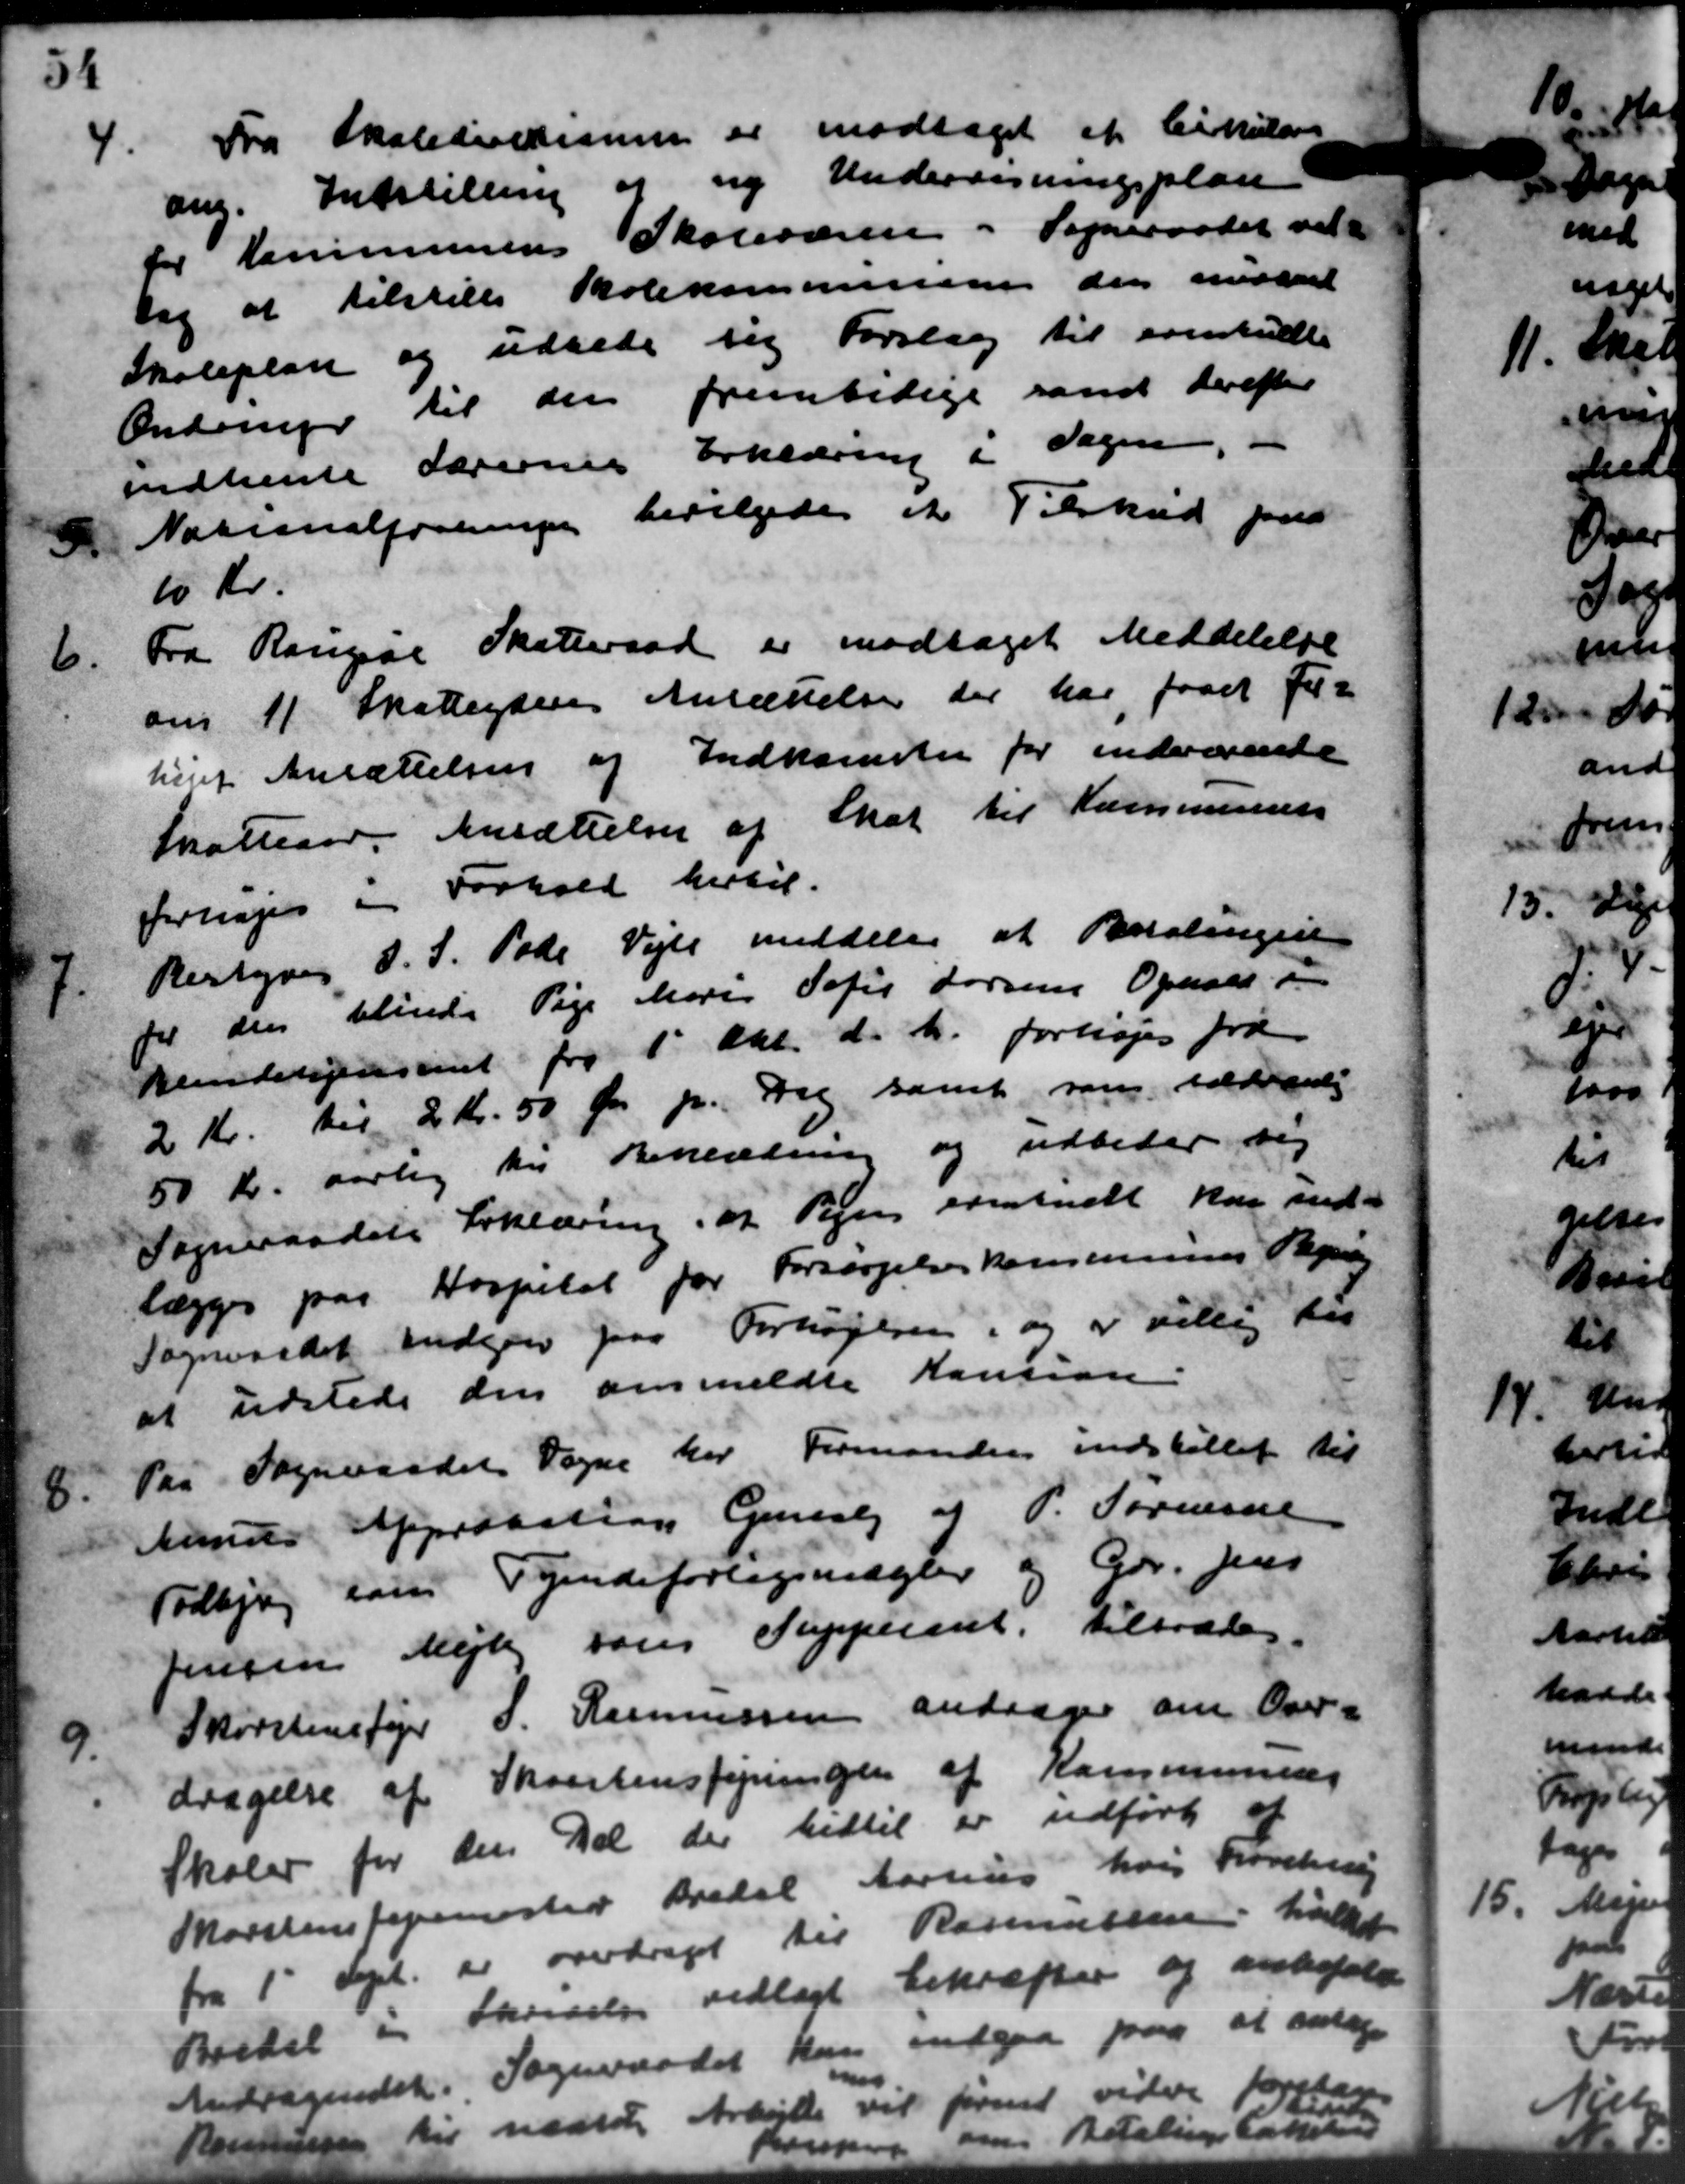
Transskription:
4.
Fra Skoledirektionen er modtaget af Cirkulære
ang. Indstilling og ny Undervisningsplan
for Kommunens Skolevæsen i Sogneraadet vil
sig at tilstille Skolekommissionen der indkart
Skoleplan og udrede sig Forslag til eventuelt
Onderuger til der fremtidige samt derefter
indhente Lærernes Erklæring i Sagen. -
3
Nationalforeninger bevilgedes et Tilskud paa
10 Kr.
6.
Fra Rougsøe Skatteraad er modtaget Meddelelse
om 11. Skatteyderes Ansættelse der har faaet for-
hint Ansættelsen af Indkomster for indværende
Skatteaar. Ansættelse af Skat til Kommunens
fornager i Forhold hertil.

Bestyrer D. S. Peder Vejle meddeler at Betalingen
for den blinde Pige Mare Sofie Larsens Opmaal o
kunderegisisteriet fra 1' Okt. d. A. forhøjes fra
2 Kr. til 2 Kr. 50 Øre pr. Dag samt som sædvandi
50 Kr. aarlig her Beklædning og udbeder sig
Sogneraadets Erklæring af Vejen eventuelt kan ind-
lægges paa Hospital for Forsørgelseskommunes Begra
Sogneraadet indgaar paa Forhøjelsen, og er villig til
at udstede den anmeldte Kaution.
8.
Pra Sogneraadets Sogne har Formanden indstillet til
Aands Approbation Geraby og P. Sørensen
Todbjerg som Tyendeforlagsmægler og Gdr. Jens
Jensen Mejlby som Suppleant. tiltrædes.
9.
Skorstensfejer S. Rasmussen andrager om Over-
dragelse af Skorstensfejningen af Kommunens
Skoler for den Del der hidtil er udført af
Marstensfejerester Bredal Aarhus hvis Korten
fra 1' Sept. er overdraget til Rasmussen holdt
Bordel i Skrivelse vedlagt bekræfter og anbefale
Andragendet. Sogneraadet kan indgaa paa at antage
Rasmussen til nedtale Arbejde vil først videre foretage
Jensen om Betalingsbakke